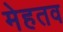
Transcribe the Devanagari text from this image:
मेहतव